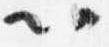
以